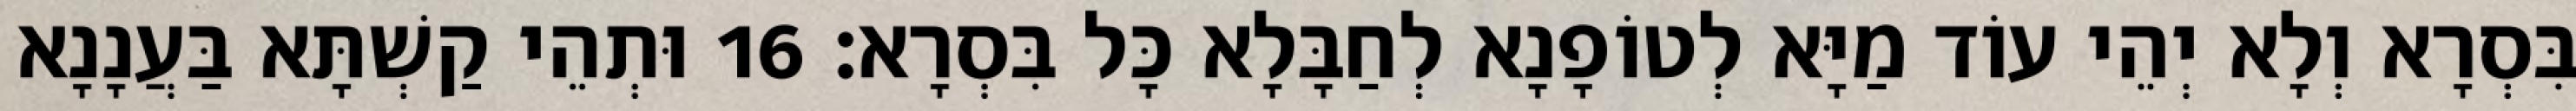
בִּסְרָא וְלָא יְהֵי עוֹד מַיָּא לְטוֹפָנָא לְחַבָּלָא כָּל בִּסְרָא׃ 16 וּתְהֵי קַשְׁתָּא בַּעֲנָנָא